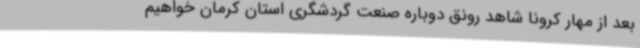
بعد از مهار کرونا شاهد رونق دوباره صنعت گردشگری استان کرمان خواهیم